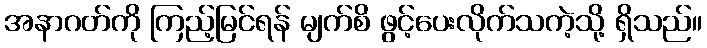
အနာဂတ်ကို ကြည့်မြင်ရန် မျက်စိ ဖွင့်ပေးလိုက်သကဲ့သို့ ရှိသည်။